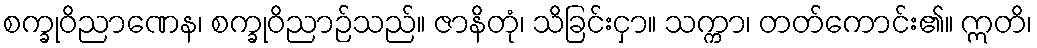
စက္ခုဝိညာဏေန၊ စက္ခုဝိညာဉ်သည်။ ဇာနိတုံ၊ သိခြင်းငှာ။ သက္ကာ၊ တတ်ကောင်း၏။ ဣတိ၊